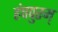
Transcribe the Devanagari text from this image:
हंपपुरम्